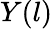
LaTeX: Y(l)